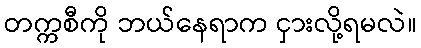
တက္ကစီကို ဘယ်နေရာက ငှားလို့ရမလဲ။